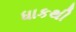
ધાકથી